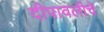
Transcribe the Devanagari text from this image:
दीपावलीचे